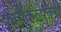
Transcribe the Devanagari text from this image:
कृत्यकल्पतरौ